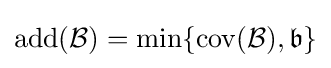
\operatorname {add} ({\mathcal {B}})=\min\{\operatorname {cov} ({\mathcal {B}}),{\mathfrak {b}}\}